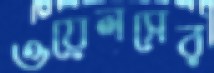
ওয়েলসের